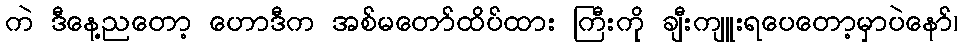
ကဲ ဒီနေ့ညတော့ ဟောဒီက အစ်မတော်ထိပ်ထား ကြီးကို ချီးကျူးရပေတော့မှာပဲနော်၊